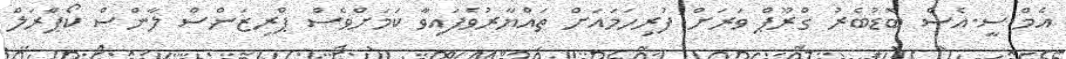
އެމް.ސީ.އެސް ބޮޑުބެރު ގްރޫޕް ވަރަށް ފުރިހަމައަށް ތައްޔާރުވެފައިވާ ކަމަށްވެސް ޕްރިޒަންސް ލާންސް ކޯޕްރަލް